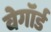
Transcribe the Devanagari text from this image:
वेगॉर्ड